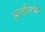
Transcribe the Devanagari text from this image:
अन्तनिर्भर